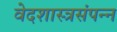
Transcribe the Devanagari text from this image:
वेदशास्त्रसंपन्‍न